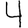
Digit: 4